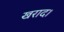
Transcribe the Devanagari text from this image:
खराद।